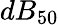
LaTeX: dB_{50}